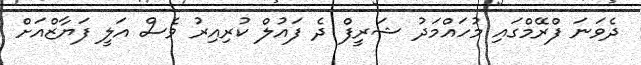
ދެވަނަ ފްރޭމްގައި މުހައްމަދު ޝަރީފް ދެ ފައުލް ކުރިއިރު ވެސް އަލީ ފަޔާޒްއަށް